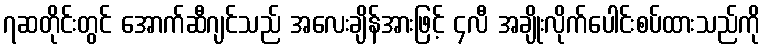
၇ဆတိုင်းတွင် အောက်ဆီဂျင်သည် အလေးချိန်အားဖြင့် ၄လီ အချိုးလိုက်ပေါင်းစပ်ထားသည်ကို